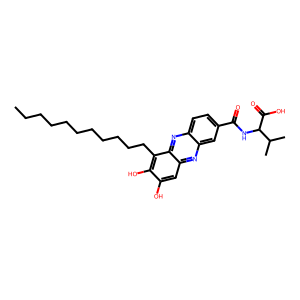
SMILES: CCCCCCCCCCCc1c(O)c(O)cc2nc3cc(C(=O)NC(C(=O)O)C(C)C)ccc3nc12
Inhibits HIV replication: No